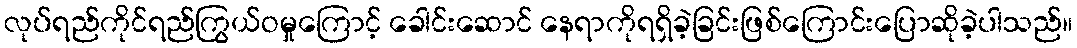
လုပ်ရည်ကိုင်ရည်ကြွယ်ဝမှုကြောင့် ခေါင်းဆောင် နေရာကိုရရှိခဲ့ခြင်းဖြစ်ကြောင်းပြောဆိုခဲ့ပါသည်။